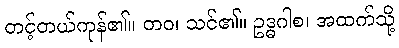
တင့်တယ်ကုန်၏။ တဝ၊ သင်၏။ ဥဒ္ဓဂါစ၊ အထက်သို့